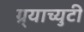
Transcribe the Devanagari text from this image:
ग्र्याच्युटी